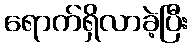
ရောက်ရှိလာခဲ့ပြီး